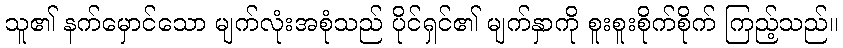
သူ၏ နက်မှောင်သော မျက်လုံးအစုံသည် ပိုင်ရှင်၏ မျက်နှာကို စူးစူးစိုက်စိုက် ကြည့်သည်။